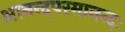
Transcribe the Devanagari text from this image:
आनन्दपरमानन्दः